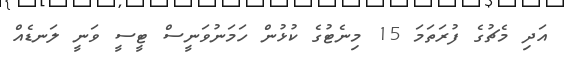
އަދި މެޗުގެ ފުރަތަމަ 15 މިނެޓުގެ ކުޅުން ހަމަނުވަނީސް ޓީސީ ވަނީ ލަނޑެއް